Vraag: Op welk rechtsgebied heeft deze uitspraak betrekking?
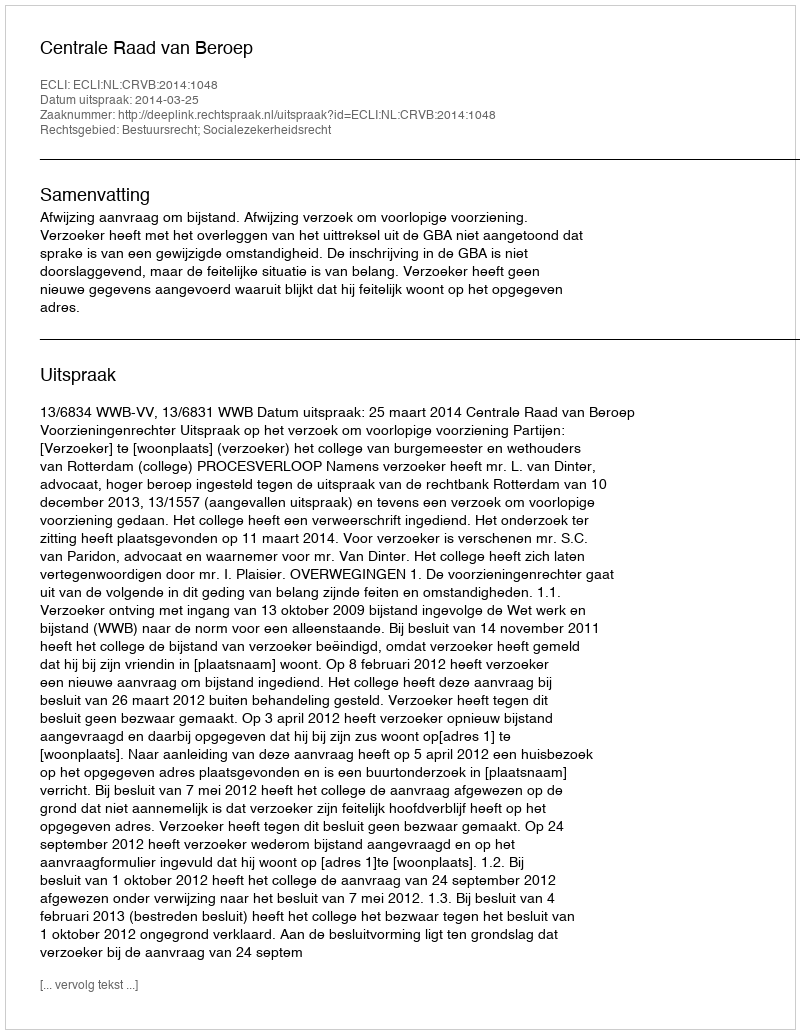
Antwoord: Bestuursrecht; Socialezekerheidsrecht